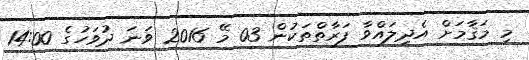
މި މަޤާމަށް އެދިލައްވާ ފަރާތްތަކުން 03 މޭ 2016 ވަނަ ދުވަހުގެ 14:00